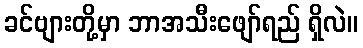
ခင်ဗျားတို့မှာ ဘာအသီးဖျော်ရည် ရှိလဲ။